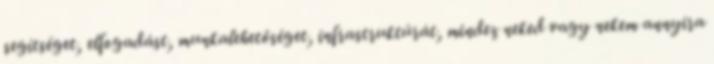
segítséget, elfogadást, munkalehetőséget, infrastruktúrát, mindez neked vagy nekem annyira